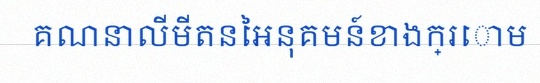
គណនាលីមីតនៃអនុគមន៍ខាងក្រោម